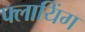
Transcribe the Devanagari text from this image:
फ्लायिंग